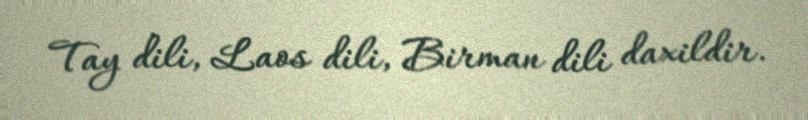
Tay dili, Laos dili, Birman dili daxildir.